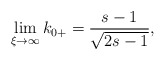
\begin{align*}\lim_{\xi\rightarrow\infty}k_{0+}=\frac{s-1}{\sqrt{2s-1}},\end{align*}